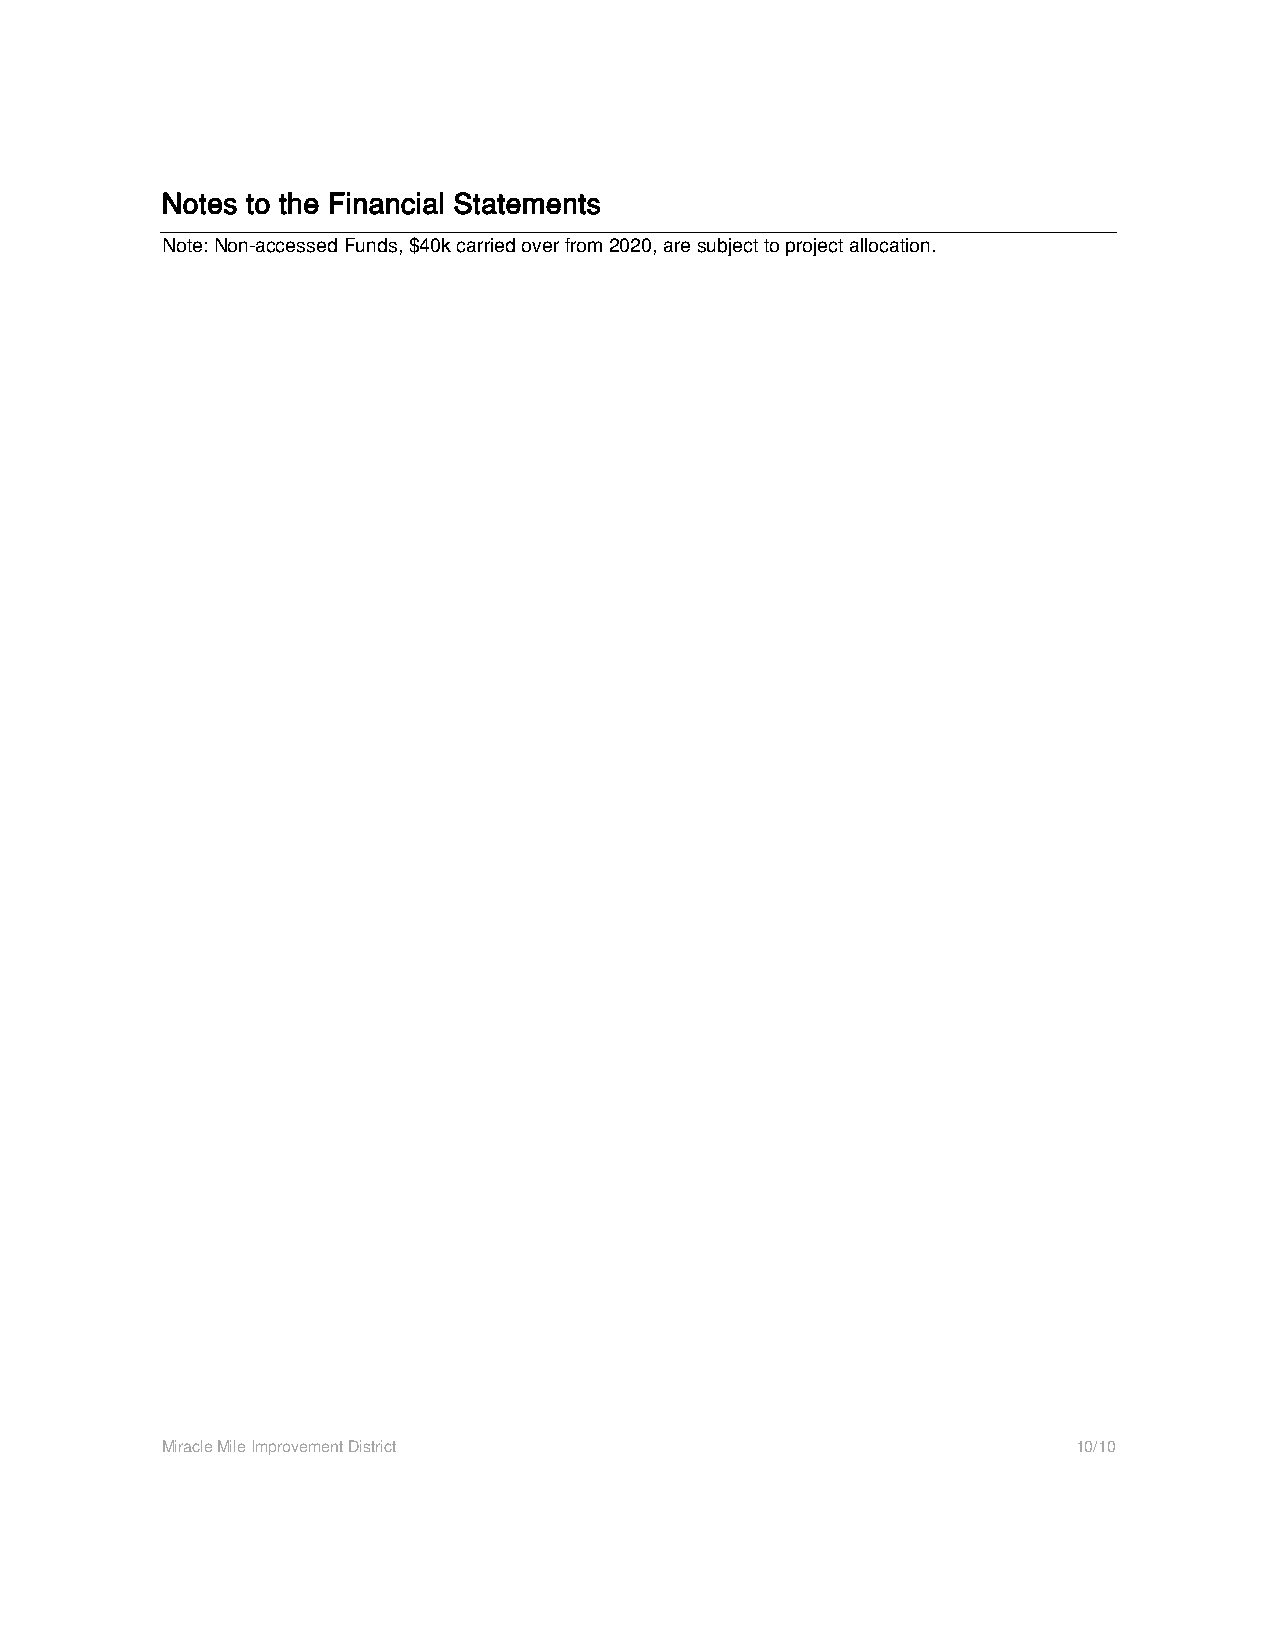
Notes to the Financial Statements
 Note: Non-accessed Funds, $40k carried over from 2020, are subject to project allocation.
 Miracle Mile Improvement District                           10/10